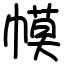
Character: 幙